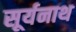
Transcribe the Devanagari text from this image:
सूर्यनाथ